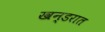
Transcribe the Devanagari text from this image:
खन्डरात